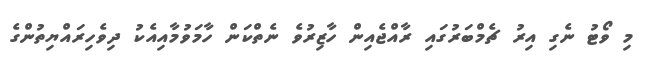
މި ވޯޓު ނެގި އިރު ޗެމްބަރުގައި ރާއްޖެއިން ހާޒިރުވެ ނެތްކަން ހާމަވުމާއިއެކު ދިވެހިރައްޔިތުންގެ